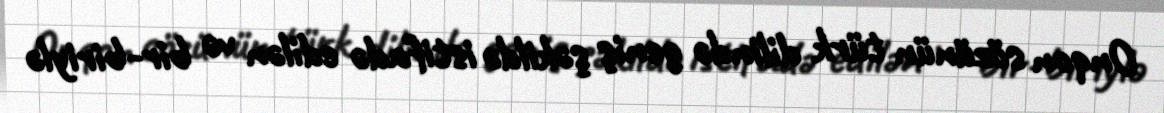
Onqon sözünün türk dilində geniş şəkildə istifadə edilən və bir-biriylə